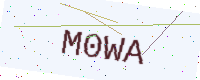
Text: M0WA